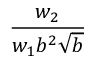
\frac { w _ { 2 } } { w _ { 1 } b ^ { 2 } \sqrt { b } }